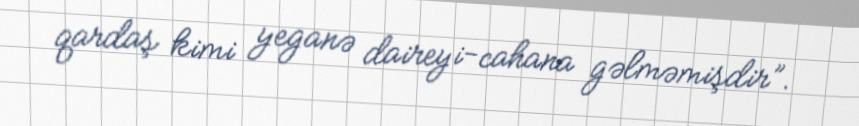
qardaş kimi yeganə daireyi-cahana gəlməmişdir”.